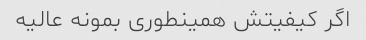
اگر کیفیتش همینطوری بمونه عالیه